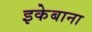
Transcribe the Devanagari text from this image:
इकेबाना